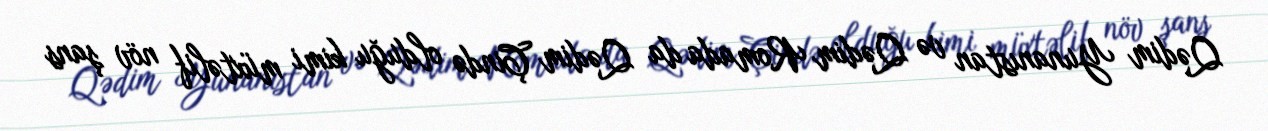
Qədim Yunanıstan və Qədim Romada da Qədim Çində olduğu kimi müxtəlif növ şans